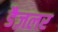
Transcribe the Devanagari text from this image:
डैज़लर